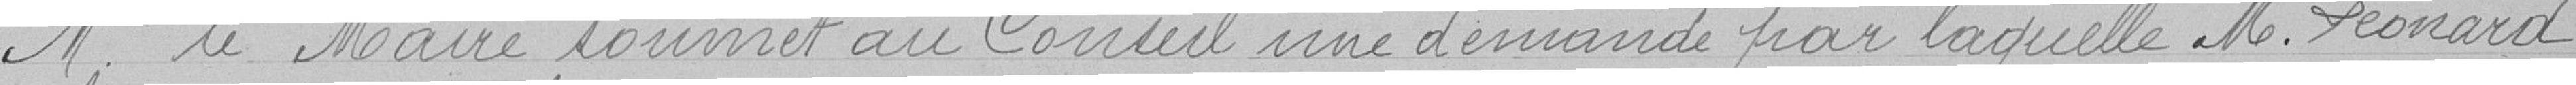
M. le Maire soumet une demande par laquelle M. Léonard